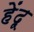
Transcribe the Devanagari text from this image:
हेंदू